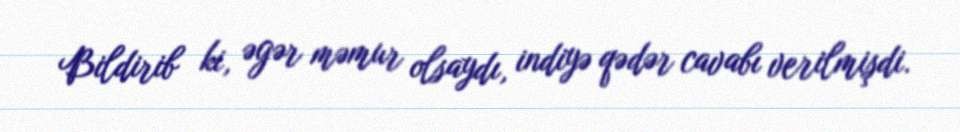
Bildirib ki, əgər məmur olsaydı, indiyə qədər cavabı verilmişdi.